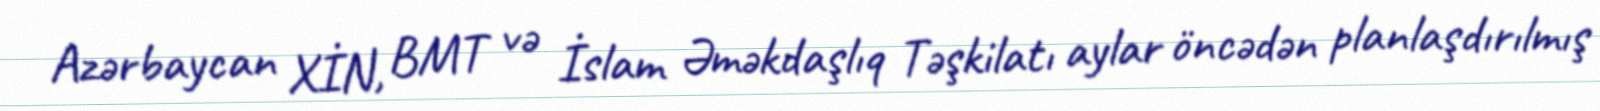
Azərbaycan XİN, BMT və İslam Əməkdaşlıq Təşkilatı aylar öncədən planlaşdırılmış